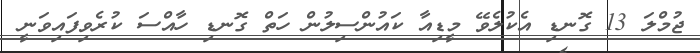
ޖުމްލަ 13 ގޮނޑި އެކުލެވޭ މީޑިއާ ކައުންސިލުން ހަތް ގޮނޑި ހާއްސަ ކުރެވިފައިވަނީ